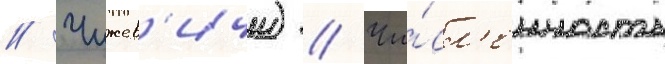
// Чижев'ичи) // Чи́сл'енность